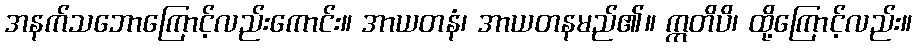
အနက်သဘောကြောင့်လည်းကောင်း။ အာယတနံ၊ အာယတနမည်၏။ ဣတိပိ၊ ထို့ကြောင့်လည်း။